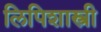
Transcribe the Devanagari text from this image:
लिपिशास्त्री